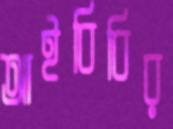
আইবিবির